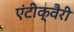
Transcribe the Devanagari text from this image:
एंटीक्वैरी